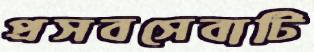
প্রসবসেবাটি